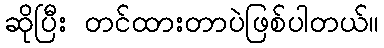
ဆိုပြီး တင်ထားတာပဲဖြစ်ပါတယ်။